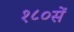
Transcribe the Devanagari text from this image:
१८०सें